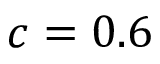
c = 0 . 6